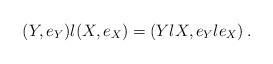
LaTeX: \begin{align*}(Y, e_Y) \l (X, e_X) = (Y \l X, e_Y \l e_X)\,.\end{align*}